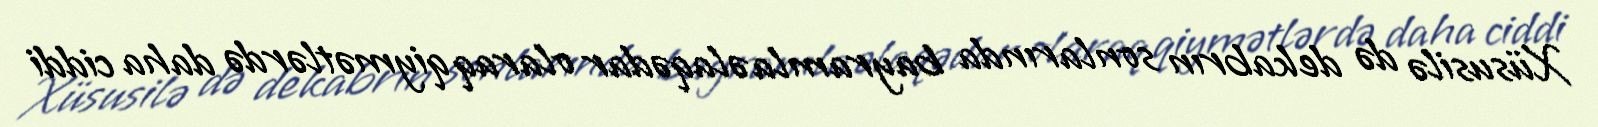
Xüsusilə də dekabrın sonlarında bayramla əlaqədar olaraq qiymətlərdə daha ciddi